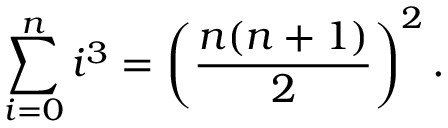
\sum _ { i = 0 } ^ { n } i ^ { 3 } = \left( { \frac { n ( n + 1 ) } { 2 } } \right) ^ { 2 } .